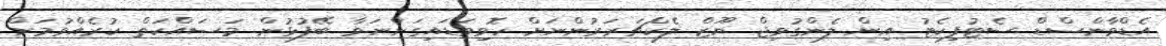
އެޑްވާންސްޑް ސެޓުފިކެޓު އިން ލެންގުވިޖް ޔޫޒް ލެކްޗަރަރުންނަށް ހޮވިވަޑައިގަންނަވާ ބޭފުޅުން މަސައްކަތް ކުރެއްވުމަށް